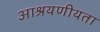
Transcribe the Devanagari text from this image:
आश्रयणीयता